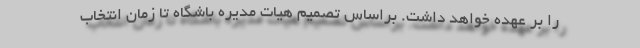
را بر عهده خواهد داشت. براساس تصمیم هیات مدیره باشگاه تا زمان انتخاب